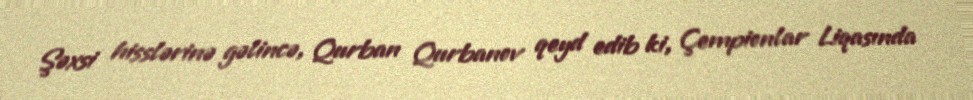
Şəxsi hisslərinə gəlincə, Qurban Qurbanov qeyd edib ki, Çempionlar Liqasında